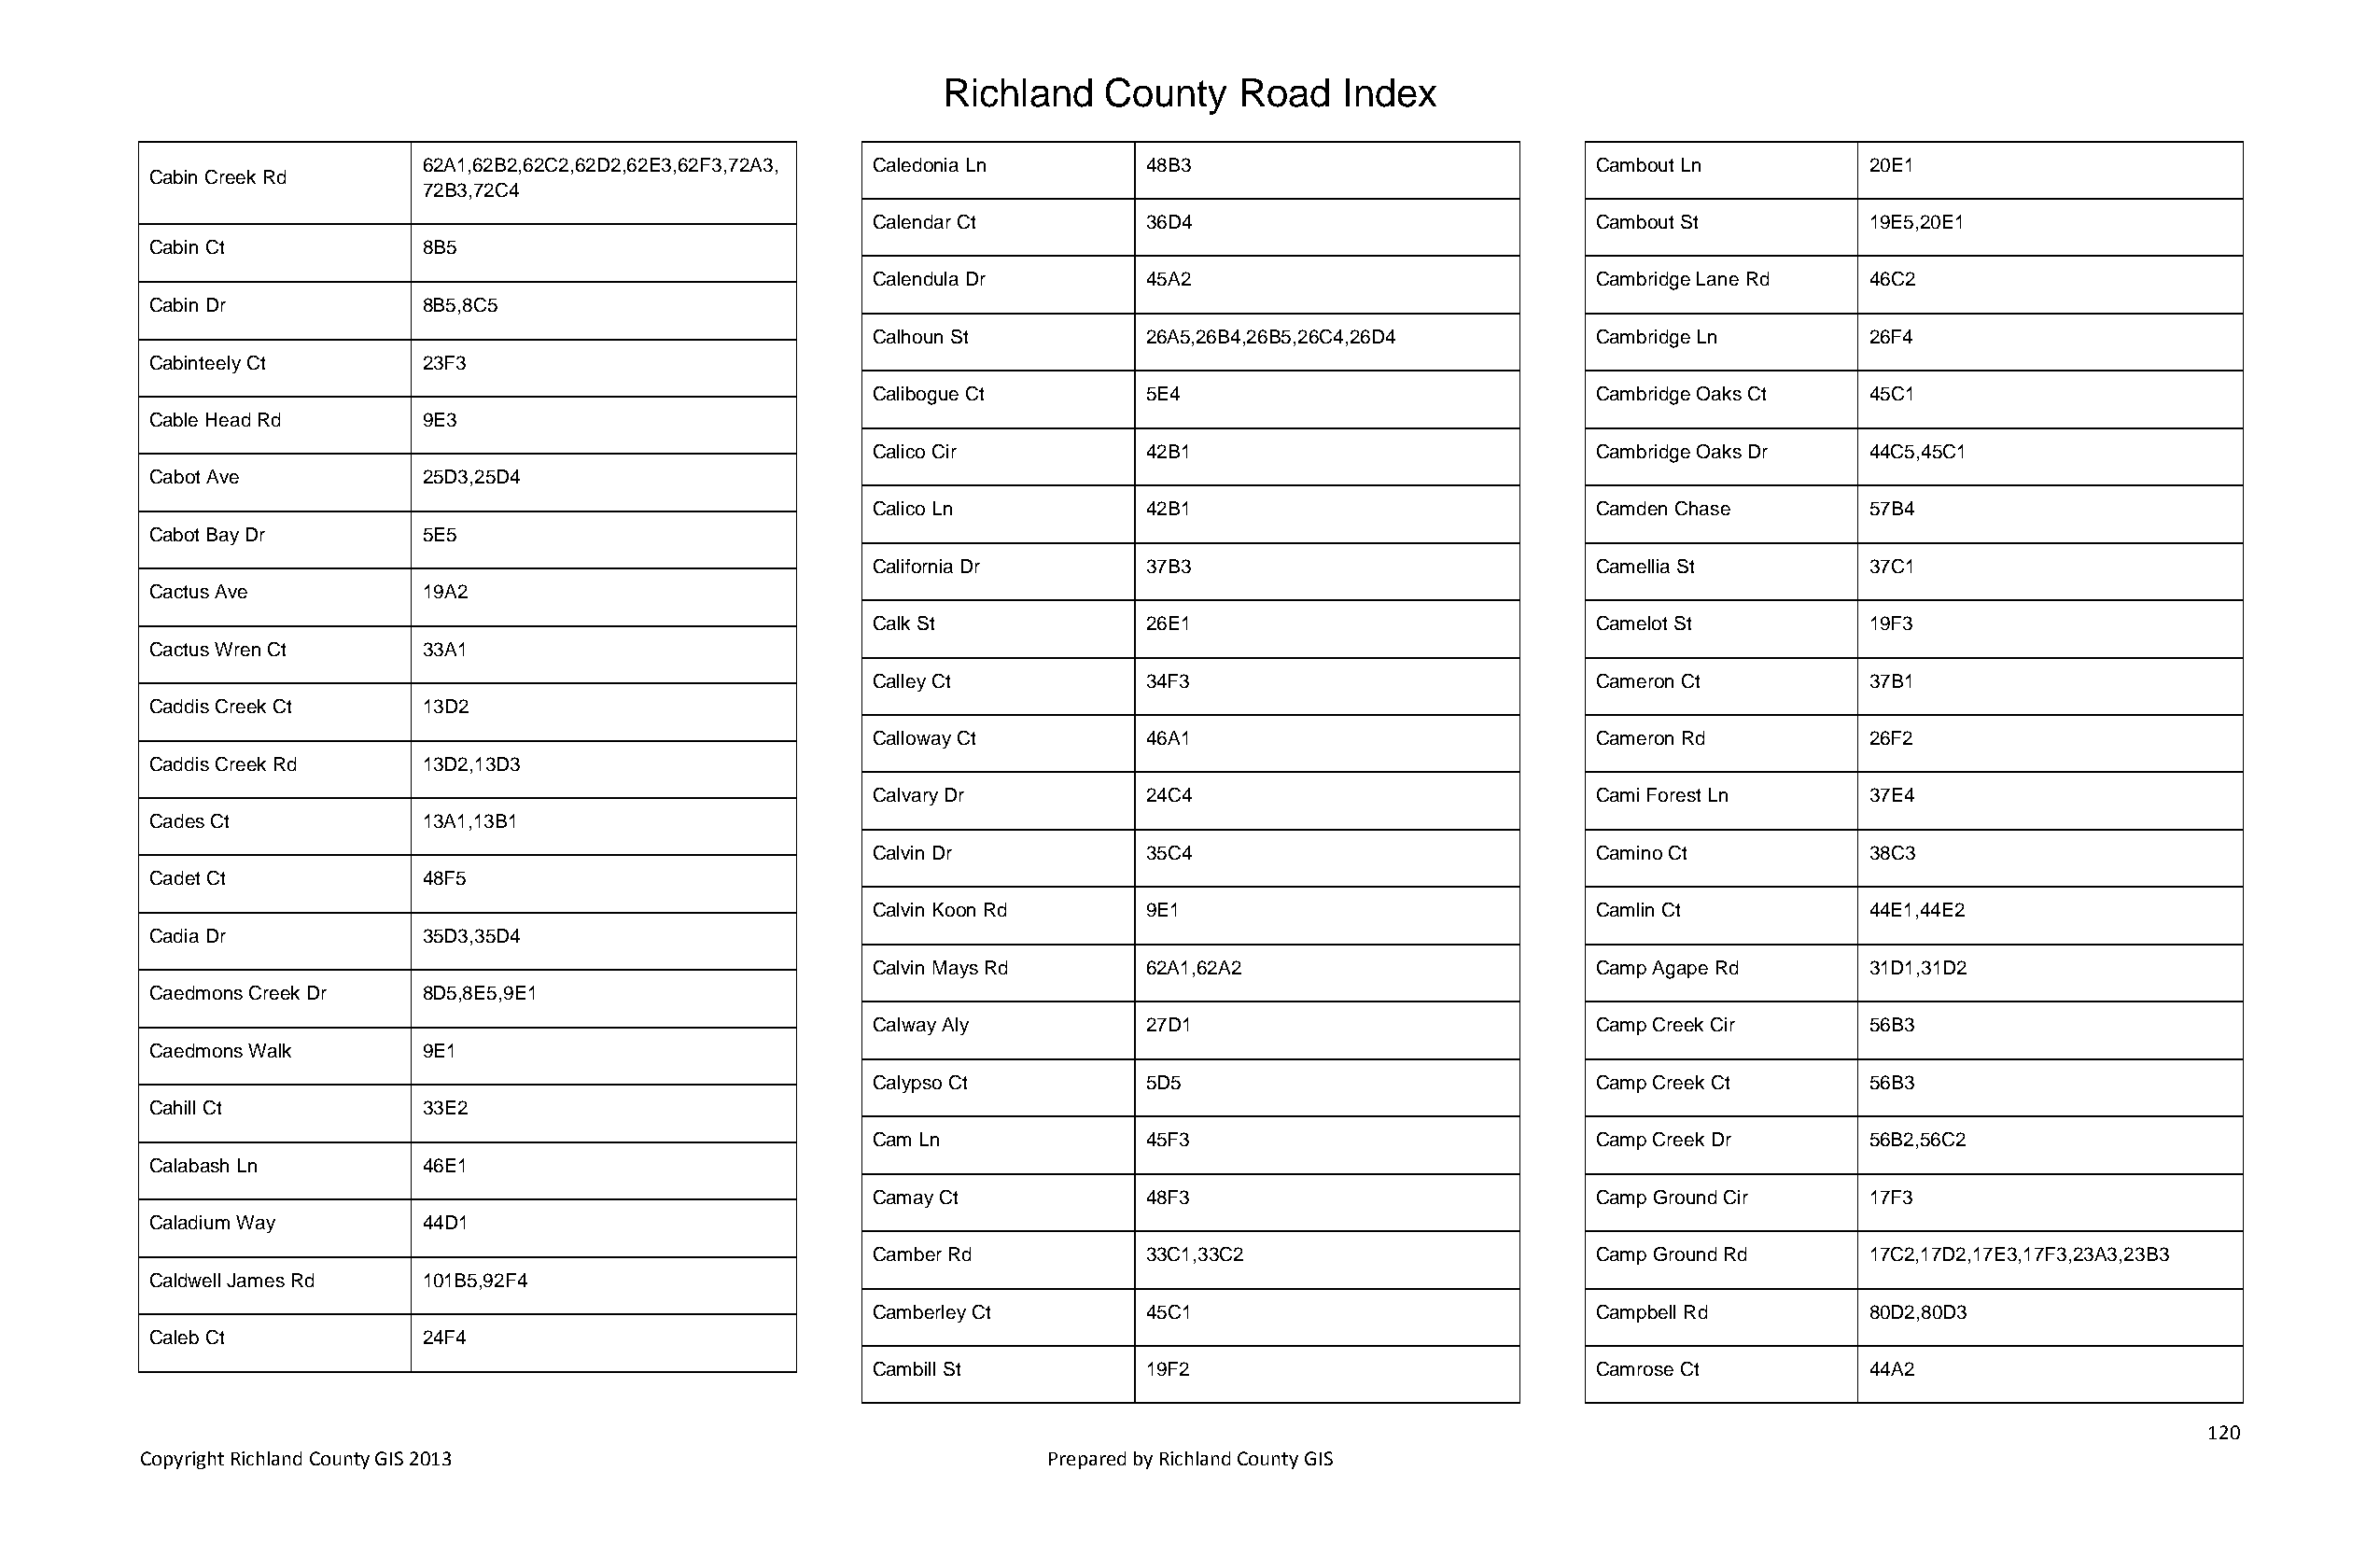
Richland   County    Road   Index
 62A1,62B2,62C2,62D2,62E3,62F3,72A3, Caledonia Ln   48B3                            Cambout Ln          20E1
 Cabin Creek Rd
 72B3,72C4
 Calendar Ct        36D4                            Cambout St          19E5,20E1
 Cabin Ct           8B5
 Calendula Dr       45A2                            Cambridge Lane Rd   46C2
 Cabin Dr           8B5,8C5
 Calhoun St         26A5,26B4,26B5,26C4,26D4        Cambridge Ln        26F4
 Cabinteely Ct      23F3
 Calibogue Ct       5E4                             Cambridge Oaks Ct   45C1
 Cable Head Rd      9E3
 Calico Cir         42B1                            Cambridge Oaks Dr   44C5,45C1
 Cabot Ave          25D3,25D4
 Calico Ln          42B1                            Camden Chase        57B4
 Cabot Bay Dr       5E5
 California Dr      37B3                            Camellia St         37C1
 Cactus Ave         19A2
 Calk St            26E1                            Camelot St          19F3
 Cactus Wren Ct     33A1
 Calley Ct          34F3                            Cameron Ct          37B1
 Caddis Creek Ct    13D2
 Calloway Ct        46A1                            Cameron Rd          26F2
 Caddis Creek Rd    13D2,13D3
 Calvary Dr         24C4                            Cami Forest Ln      37E4
 Cades Ct           13A1,13B1
 Calvin Dr          35C4                            Camino Ct           38C3
 Cadet Ct           48F5
 Calvin Koon Rd     9E1                             Camlin Ct           44E1,44E2
 Cadia Dr           35D3,35D4
 Calvin Mays Rd     62A1,62A2                       Camp Agape Rd       31D1,31D2
 Caedmons Creek Dr  8D5,8E5,9E1
 Calway Aly         27D1                            Camp Creek Cir      56B3
 Caedmons Walk      9E1
 Calypso Ct         5D5                             Camp Creek Ct       56B3
 Cahill Ct          33E2
 Cam Ln             45F3                            Camp Creek Dr       56B2,56C2
 Calabash Ln        46E1
 Camay Ct           48F3                            Camp Ground Cir     17F3
 Caladium Way       44D1
 Camber Rd          33C1,33C2                       Camp Ground Rd      17C2,17D2,17E3,17F3,23A3,23B3
 Caldwell James Rd  101B5,92F4
 Camberley Ct       45C1                            Campbell Rd         80D2,80D3
 Caleb Ct           24F4
 Cambill St         19F2                            Camrose Ct          44A2
 120
 Copyright Richland County GIS 2013                              Prepared by Richland County GIS